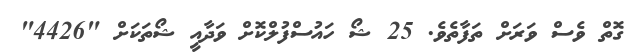
ގޮތް ވެސް ވަރަށް ތަފާތެވެ. 25 ޝޯ ހައުސްފުލްކޮށް ވަދާއީ ޝޯތަކަށް "4426"